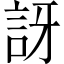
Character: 訝